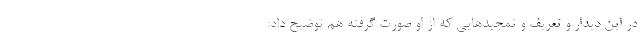
در این دیدار و تعریف و تمجید‌هایی که از او صورت گرفته هم توضیح داد: